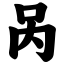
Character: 呙